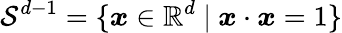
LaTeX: {\mathcal{S}}^{d-1}=\{ {\boldsymbol{x}}\in\mathbb{R}^{d}~|~{\boldsymbol{x}}\cdot{\boldsymbol{x}}=1\}